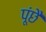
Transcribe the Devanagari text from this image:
पूंछै